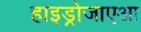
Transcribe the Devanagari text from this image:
हाइड्रोजाएआ